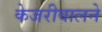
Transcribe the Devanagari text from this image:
केजरीवालने